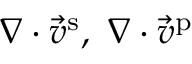
\nabla \cdot \vec { v } ^ { \mathrm { s } } , \ \nabla \cdot \vec { v } ^ { \mathrm { p } }